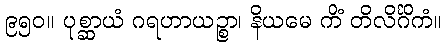
၉၅၀။ ပုစ္ဆာယံ ဂရဟာယဉ္စာ၊ နိယမေ ကိံ တိလိင်္ဂိကံ။